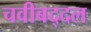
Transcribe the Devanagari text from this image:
चवीबद्दल